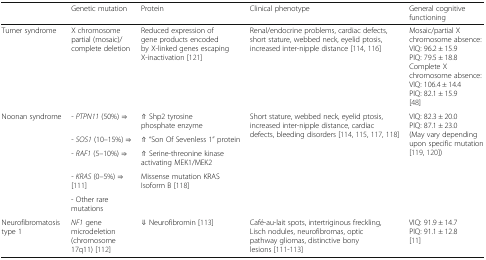
<table><thead><tr><td></td><td><b>Genetic mutation</b></td><td><b>Protein</b></td><td><b>Clinical phenotype</b></td><td><b>General cognitive functioning</b></td></tr></thead><tbody><tr><td>Turner syndrome</td><td>X chromosome partial (mosaic)/complete deletion</td><td>Reduced expression of gene products encoded by X-linked genes escaping X-inactivation [121]</td><td>Renal/endocrine problems, cardiac defects, short stature, webbed neck, eyelid ptosis, increased inter-nipple distance [114, 116]</td><td>Mosaic/partial X chromosome absence:VIQ: 96.2 ± 15.9PIQ: 79.5 ± 18.8Complete X chromosome absence:VIQ: 106.4 ± 14.4PIQ: 82.1 ± 15.9[48]</td></tr><tr><td rowspan="5">Noonan syndrome</td><td>- <i>PTPN11</i> (50%) ⇒</td><td>⇑ Shp2 tyrosine phosphate enzyme</td><td rowspan="5">Short stature, webbed neck, eyelid ptosis, increased inter-nipple distance, cardiac defects, bleeding disorders [114, 115, 117, 118]</td><td rowspan="5">VIQ: 82.3 ± 20.0PIQ: 87.1 ± 23.0(May vary depending upon specific mutation [119, 120])</td></tr><tr><td>- <i>SOS1</i> (10–15%) ⇒</td><td>⇑ “Son Of Sevenless 1” protein</td></tr><tr><td>- <i>RAF1</i> (5–10%) ⇒</td><td>⇑ Serine-threonine kinase activating MEK1/MEK2</td></tr><tr><td>- <i>KRAS</i> (0–5%) ⇒[111]</td><td rowspan="2">Missense mutation KRAS Isoform B [118]</td></tr><tr><td>- Other rare mutations</td></tr><tr><td>Neurofibromatosis type 1</td><td><i>NF1</i> gene microdeletion (chromosome 17q11) [112]</td><td>⇓ Neurofibromin [113]</td><td>Café-au-lait spots, intertriginous freckling, Lisch nodules, neurofibromas, optic pathway gliomas, distinctive bony lesions [111-113]</td><td>VIQ: 91.9 ± 14.7PIQ: 91.1 ± 12.8[11]</td></tr></tbody></table>